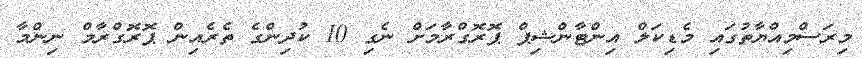
މިރަސްމިއްޔާތުގައި މެޑިކަލް އިންޓާންޝިޕް ޕޮރޮގްރާމަށް ނެގި 10 ކުދިންގެ ތެރެއިން ޕޮރޮގްރާމް ނިންމާ